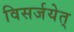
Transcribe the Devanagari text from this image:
विसर्जयेत्